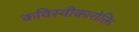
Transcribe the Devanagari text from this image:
कविस्वीकारोक्ति